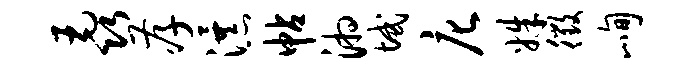
毳孝瀑帖湘域庀姝徵峋